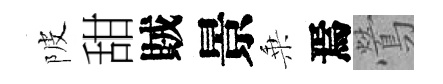
陂甜賊景乗焉鶯